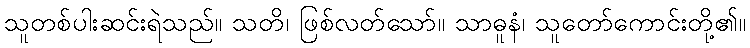
သူတစ်ပါးဆင်းရဲသည်။ သတိ၊ ဖြစ်လတ်သော်။ သာဓူနံ၊ သူတော်ကောင်းတို့၏။